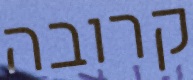
קרובה